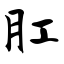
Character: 肛